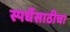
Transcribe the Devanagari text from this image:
स्पर्धेसाठीचा